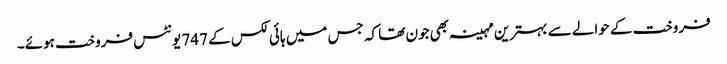
فروخت کے حوالے سے بہترین مہینہ بھی جون تھا کہ جس میں ہائی لکس کے 747 یونٹس فروخت ہوئے۔